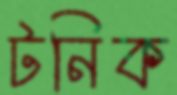
টনিক